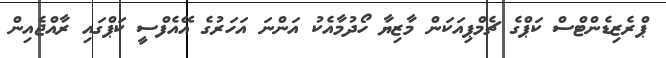
ޕްރެޒިޑެންޓްސް ކަޕްގެ ޗެމްޕިއަކަން މާޒިޔާ ހޯދުމާއެކު އަންނަ އަހަރުގެ އޭއެފްސީ ކަޕްގައި ރާއްޖެއިން